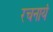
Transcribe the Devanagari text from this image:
रचनायं